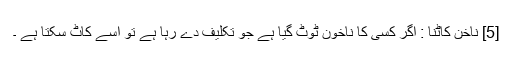
[5] ناخن کاٹنا : اگر کسی کا ناخون ٹوٹ گیا ہے جو تکلیف دے رہا ہے تو اسے کاٹ سکتا ہے ۔